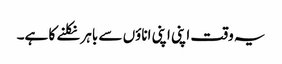
یہ وقت اپنی اپنی اناؤں سے باہر نکلنے کا ہے۔